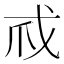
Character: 𢦞